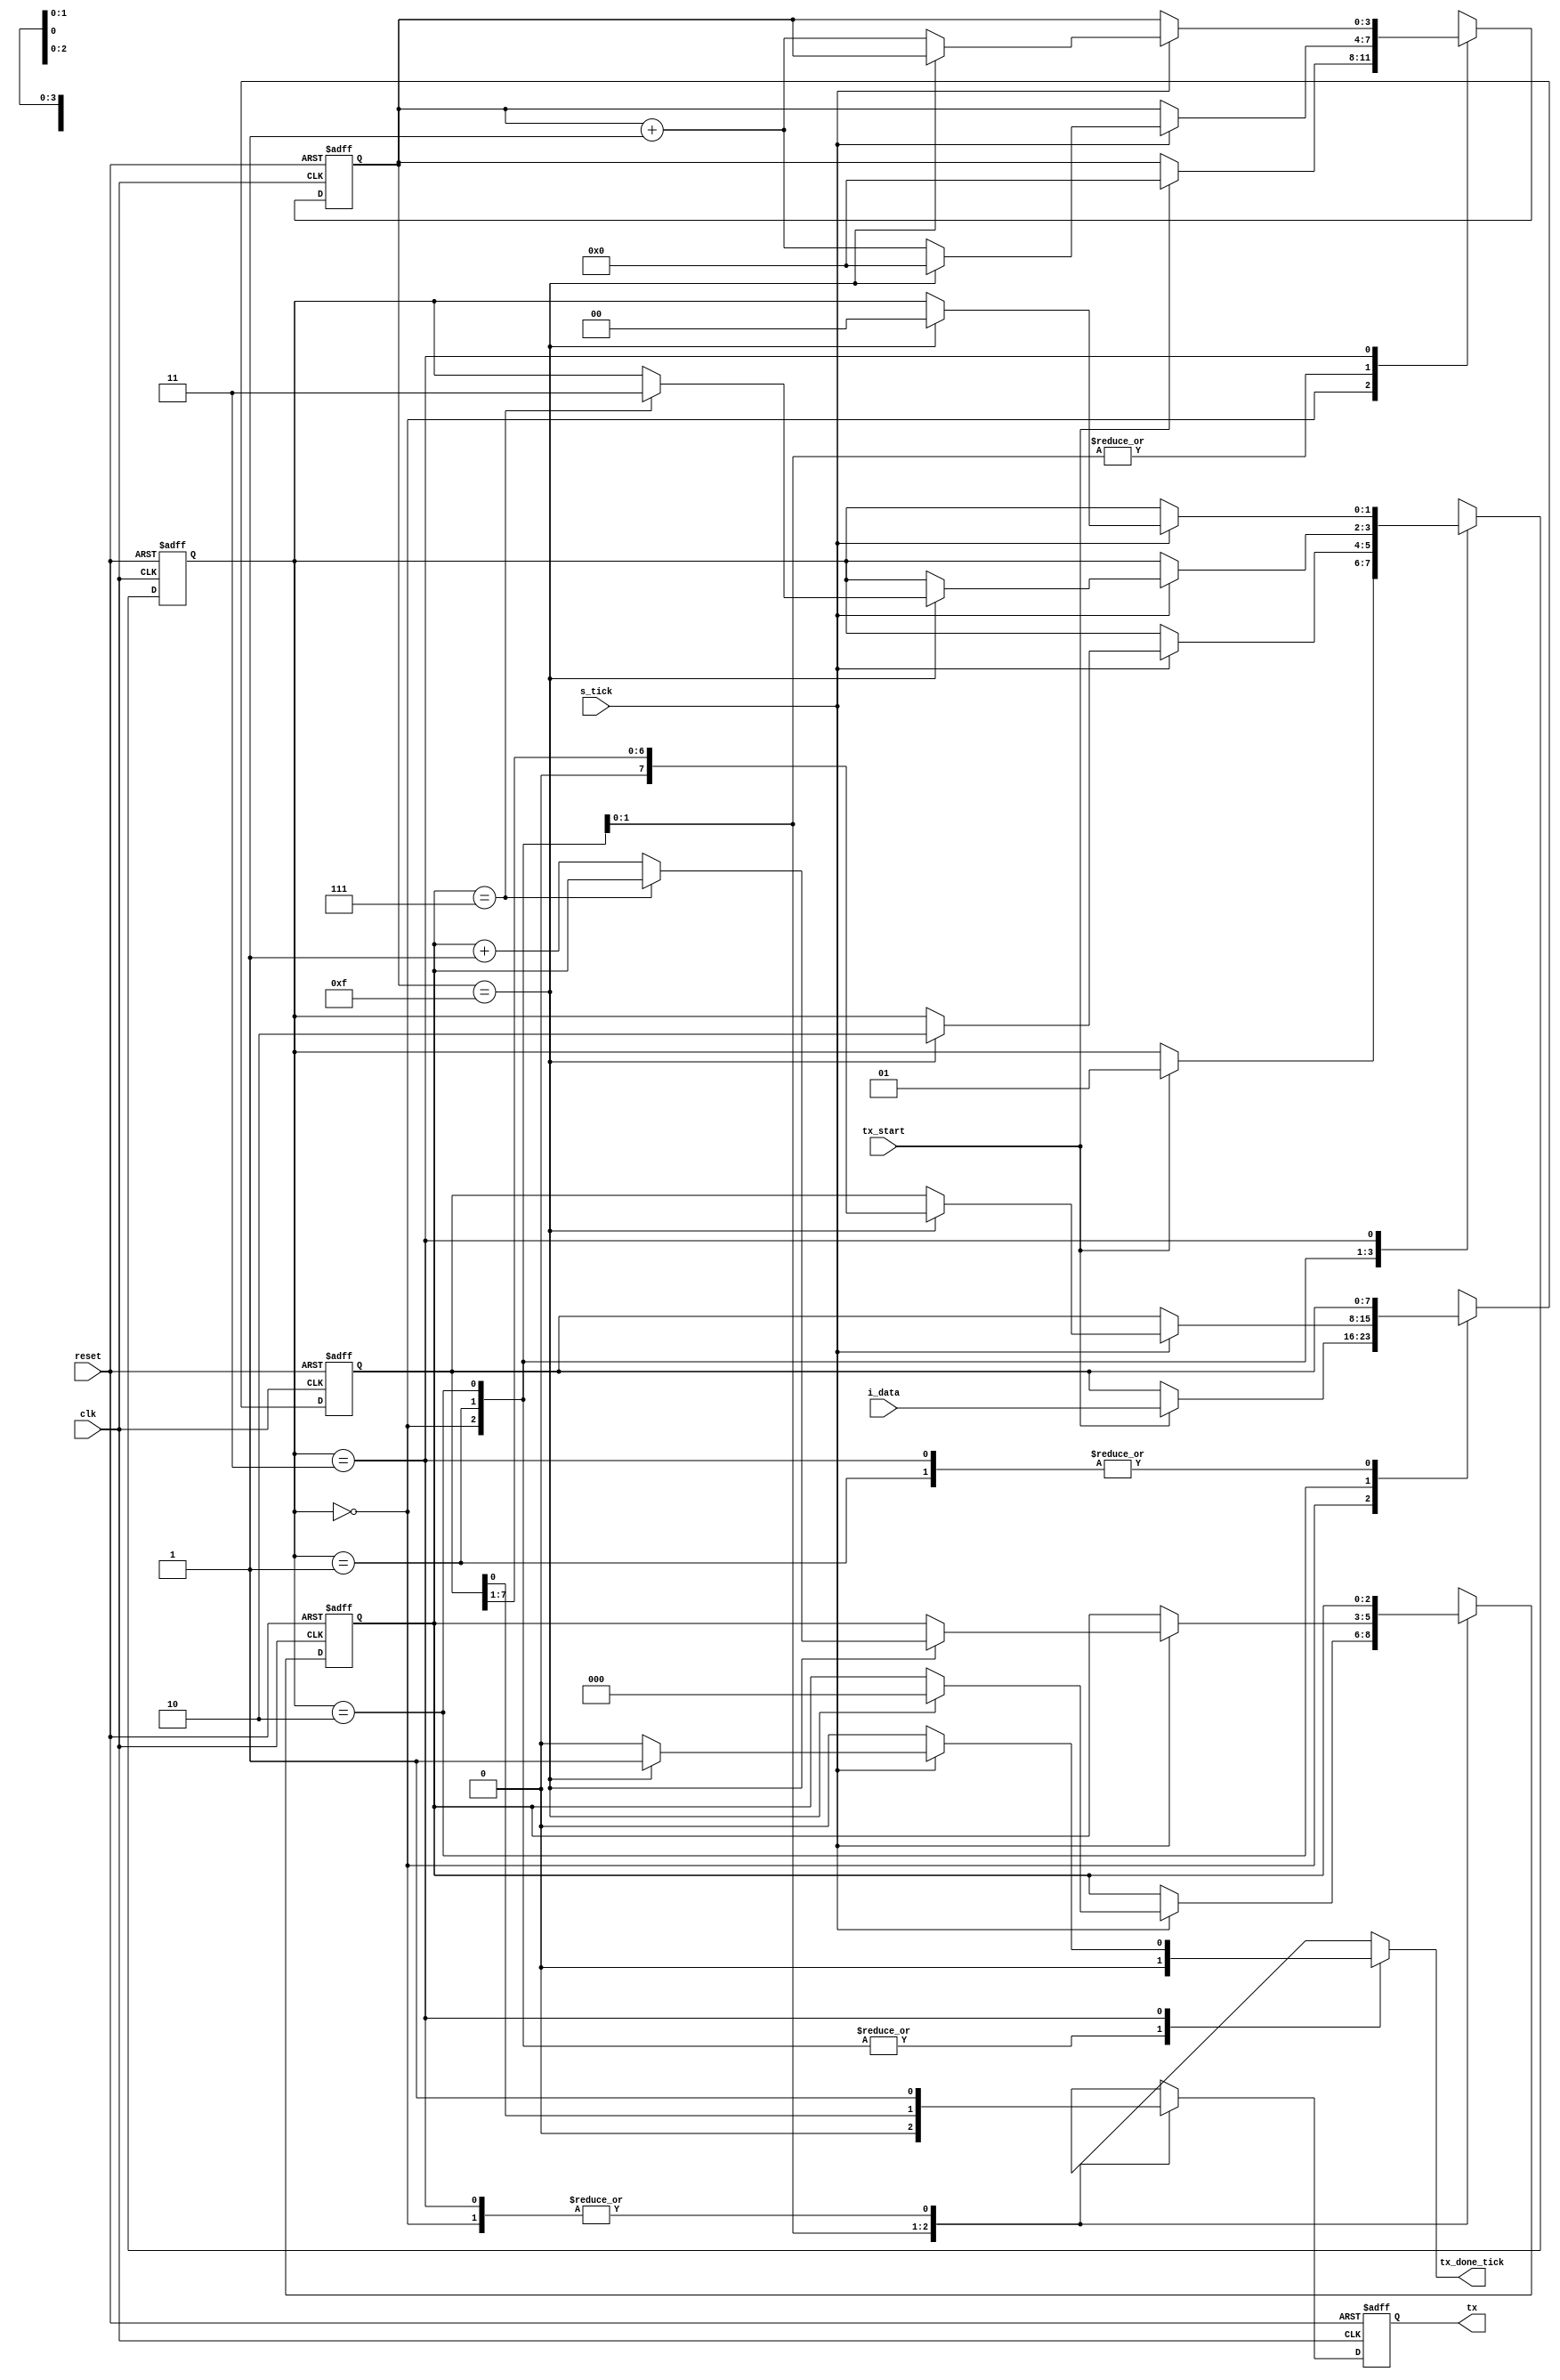
`timescale 1ns / 1ps

module uart_tx 
    #(
        parameter DATA_BITS = 8,// # data bits
                  STOP_TICKS = 16 // # ticks for stop bits
    )
    (   
        input wire clk, reset,
        input wire tx_start, s_tick,
        input wire [DATA_BITS - 1:0] i_data,
        output reg tx_done_tick,
        output wire tx
    );

    localparam [1:0] 
        idle = 2'b00, 
        start = 2'b01, 
        data = 2'b10,     
        stop = 2'b11;

    reg [1:0] state_reg, state_next;
    reg [3:0] s_reg, s_next;
    reg [2:0] n_reg, n_next;
    reg [7:0] b_reg, b_next;
    reg tx_reg, tx_next;

     always @(posedge clk, posedge reset)
        if (reset)
            begin
                state_reg <= idle;
                s_reg <= 0;
                n_reg <= 0;
                b_reg <= 0;
                tx_reg <= 1'b1;
            end
        else
            begin
                state_reg <= state_next;
                s_reg <= s_next;
                n_reg <= n_next;
                b_reg <= b_next; 
                tx_reg <= tx_next;
            end
      
    always @* 
    begin
        state_next = state_reg;
        tx_done_tick = 1'b0;
        s_next = s_reg;
        n_next = n_reg;
        b_next = b_reg;
        tx_next = tx_reg;
        case (state_reg)
            idle:
                begin
                    tx_next = 1'b1;
                    if (tx_start)
                        begin
                            state_next = start;
                            s_next = 0;
                            b_next = i_data;
                        end
                end
            start:
                begin
                    tx_next = 1'b0;
                    if (s_tick)
                        if (s_reg==15)
                            begin
                                state_next = data;
                                s_next = 0;
                                n_next = 0;
                            end
                        else
                            s_next = s_reg + 1;
                end
            data:
                begin
                    tx_next = b_reg[0];
                        if (s_tick)
                            if (s_reg==15)
                                begin
                                    s_next = 0;
                                    b_next = b_reg >> 1;
                                    if (n_reg==(DATA_BITS-1))
                                        state_next = stop;
                                    else
                                        n_next = n_reg + 1;
                                end
                            else
                                s_next = s_reg + 1;
                end
            stop:
                begin
                    tx_next = 1'b1;
                    if (s_tick)
                        if (s_reg==(STOP_TICKS-1))
                            begin
                                state_next = idle;
                                tx_done_tick = 1'b1;
                            end 
                        else
                            s_next = s_reg + 1;
                end
            endcase
        end
        // output
        assign tx = tx_reg;
endmodule